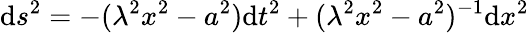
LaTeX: \mathrm{d}s^{2}=-(\lambda^{2}x^{2}-a^{2})\mathrm{d}t^{2}+(\lambda^{2}x^{2}-a^{2})^{-1}\mathrm{d}x^{2}